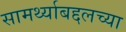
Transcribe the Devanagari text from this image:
सामर्थ्याबद्दलच्या